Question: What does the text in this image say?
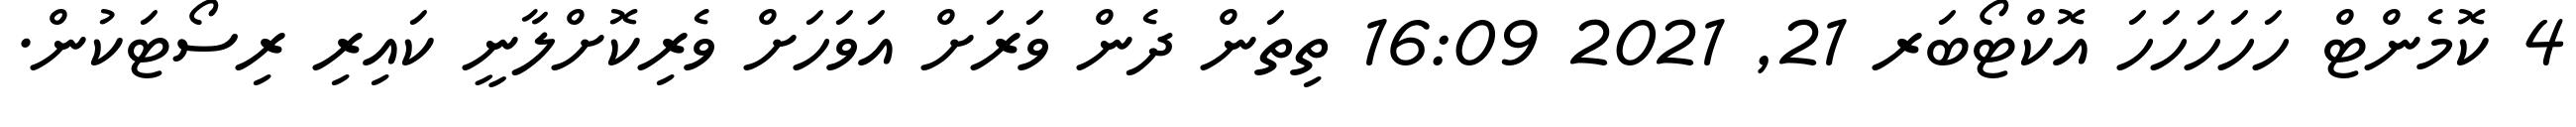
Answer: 4 ކޮމެންޓް ހަހަހަހަހަ އޮކްޓޯބަރ 21, 2021 16:09 ތިތަން ދެން ވަރަށް އަވަހަށް ވެރިކޮށްލާނީ ކައިރި ރިސޯޓަކުން.